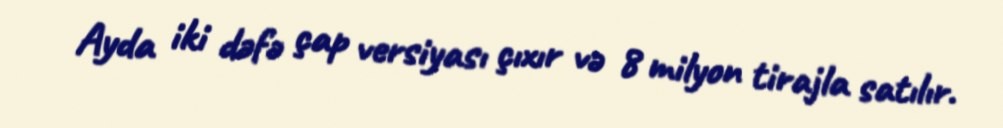
Ayda iki dəfə çap versiyası çıxır və 8 milyon tirajla satılır.